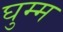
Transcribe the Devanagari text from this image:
घुम्म